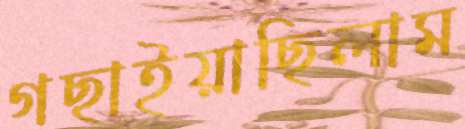
গছাইয়াছিলাম